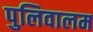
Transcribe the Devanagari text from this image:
पुलिवालम